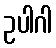
ဥပါဂါ